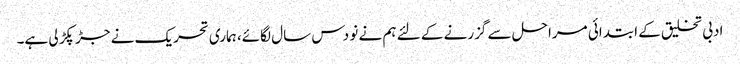
ادبی تخلیق کے ابتدائی مراحل سے گزرنے کے لئے ہم نے نو دس سال لگائے، ہماری تحریک نے جڑ پکڑ لی ہے۔